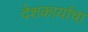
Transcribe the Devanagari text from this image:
देशकार्याचा